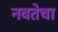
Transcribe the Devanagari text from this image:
नवतेचा